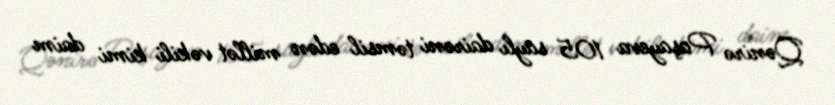
Qənirə Paşayeva 105 saylı dairəni təmsil edən millət vəkili kimi daim